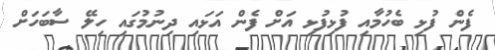
ފެން ފުޅި ބެހުމާއި ފުޅިފުޅި އަށް ފެން އަޅައި ދިނުމުގައި ހިލޭ ސާބަހަށް